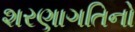
શરણાગતિનો